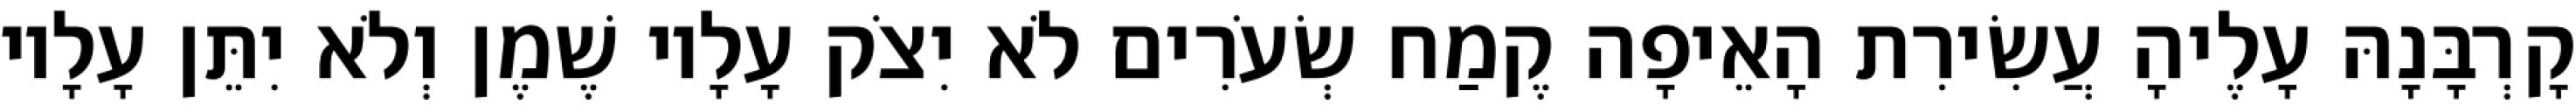
קָרְבָּנָהּ עָלֶיהָ עֲשִׂירִת הָאֵיפָה קֶמַח שְׂעֹרִים לֹא יִצֹק עָלָיו שֶׁמֶן וְלֹא יִתֵּן עָלָיו